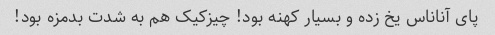
پای آناناس یخ زده و بسیار کهنه بود! چیزکیک هم به شدت بدمزه بود!